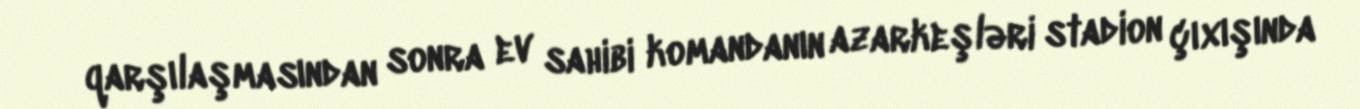
qarşılaşmasından sonra ev sahibi komandanın azarkeşləri stadion çıxışında